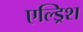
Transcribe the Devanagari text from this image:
एल्ड्रिश